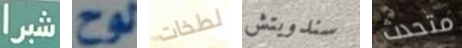
شبرا لوح لطخات سندويتش متحدث